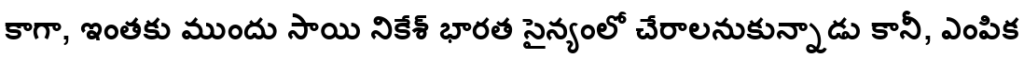
కాగా, ఇంతకు ముందు సాయి నికేశ్ భారత సైన్యంలో చేరాలనుకున్నాడు కానీ, ఎంపిక